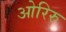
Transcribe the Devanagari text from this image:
ओरिरु